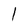
Character: 1